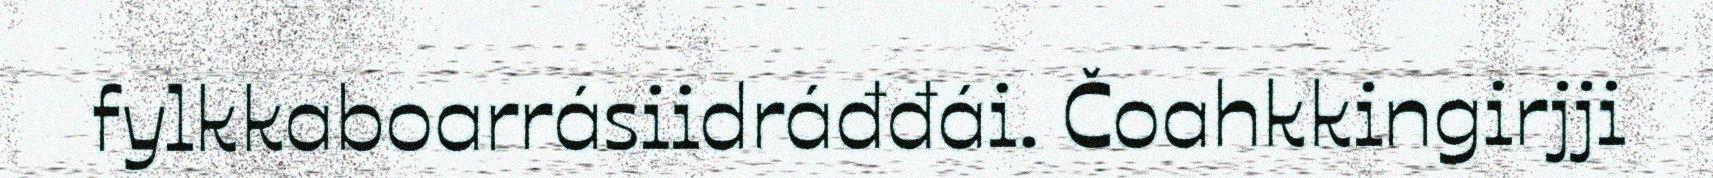
fylkkaboarrásiidráđđái. Čoahkkingirjji